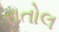
રાતોલ